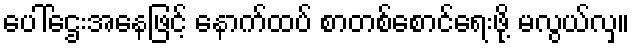
ပေါ်ဌေးအနေဖြင့် နောက်ထပ် စာတစ်စောင်ရေးဖို့ မလွယ်လှ။